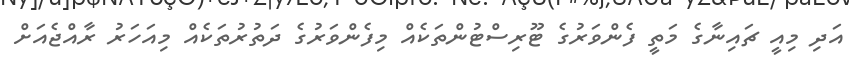
އަދި މިއީ ޗައިނާގެ މަތީ ފެންވަރުގެ ޓޫރިސްޓުންތަކެއް މިފެންވަރުގެ ދަތުރުތަކެއް މިއަހަރު ރާއްޖެއަށް